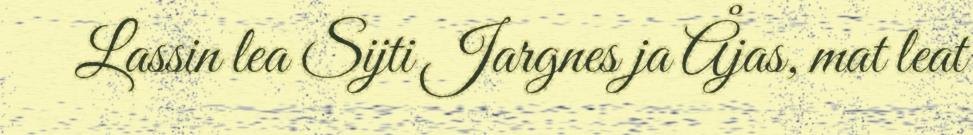
Lassin lea Sijti Jargnes ja Åjas, mat leat